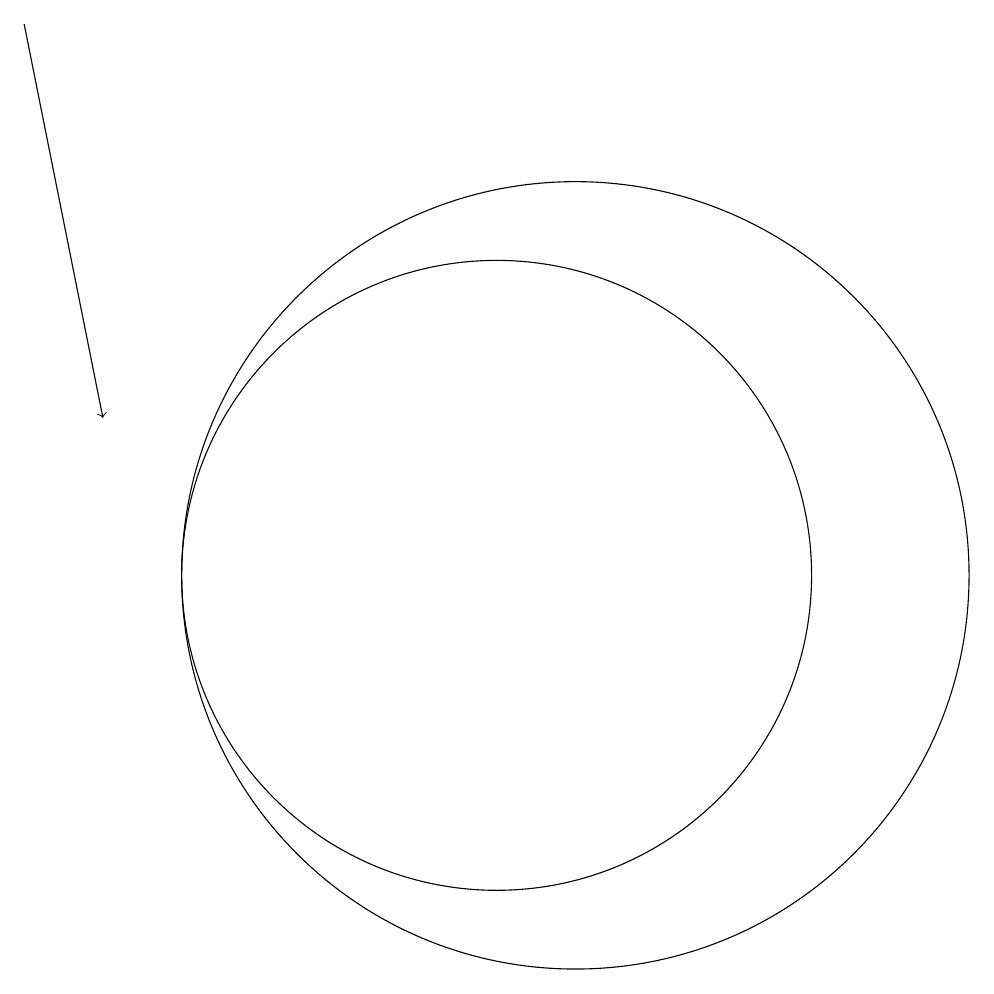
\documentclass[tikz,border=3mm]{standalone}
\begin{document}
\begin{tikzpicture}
\draw (10,11) circle (4);
\draw[->] (4,18) -- (5,13);
\draw (11,11) circle (5);
\draw (12,11) circle (0);
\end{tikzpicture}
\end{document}